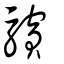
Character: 驞